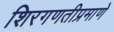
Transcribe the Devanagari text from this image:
शिरगणतीप्रमाणे